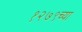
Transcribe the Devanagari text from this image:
१२७९च्या